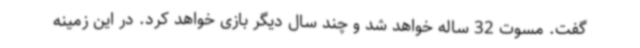
گفت. مسوت 32 ساله خواهد شد و چند سال دیگر بازی خواهد کرد. در این زمینه